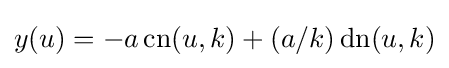
y(u)=-a\operatorname {cn} (u,k)+(a/k)\operatorname {dn} (u,k)